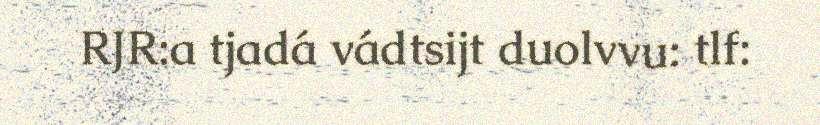
RJR:a tjadá vádtsijt duolvvu: tlf: